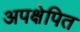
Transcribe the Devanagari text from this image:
अपक्षेपित